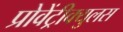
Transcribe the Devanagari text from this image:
प्रोवेंट्रीक्युलस